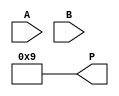
module WallaceTreeMultiplier #(parameter N = 4, M = 4) (
    input  [N-1:0] A, // Multiplicand
    input  [M-1:0] B, // Multiplier
    output reg [N+M-1:0] P // Product
);

    // Partial Product Generation
    wire [N-1:0] PP[M-1:0]; // Partial products matrix
    genvar i;
    generate
        for (i = 0; i < M; i = i + 1) begin : pp_gen
            assign PP[i] = A & {N{B[i]}}; // ANDing multiplicand with each bit of the multiplier
        end
    endgenerate

    // Wallace Tree Reduction
    wire [N+M-1:0] S [0:N+M-1]; // Sums
    wire [N+M-1:0] C [0:N+M-1]; // Carries

    // Initial stage: Directly assign the partial products to the first stage
    wire [N+M-1:0] stage_0 [0:M-1];
    generate
        for (i = 0; i < M; i = i + 1) begin : stage0
            assign stage_0[i] = {PP[i], i}; // Align partial products
        end
    endgenerate

    // Reduction process
    integer j, k;
    always @(*) begin
        // Initialize sums and carries to zero
        for (j = 0; j < N + M; j = j + 1) begin
            S[j] = 0;
            C[j] = 0;
        end

        // First reduction stage
        for (j = 0; j < M; j = j + 1) begin
            if (j < M) begin
                S[j] = stage_0[j];
            end
        end

        // Wallace tree reduction
        for (k = 0; k < N + M - 1; k = k + 1) begin
            if (k < N + M - 2) begin
                // Full adder for three inputs
                {C[k+1], S[k]} = S[k] + S[k+1] + S[k+2];
            end
        end
    end

    // Final addition of the last two rows
    always @(*) begin
        P = S[0] + S[1]; // Final product
    end

endmodule